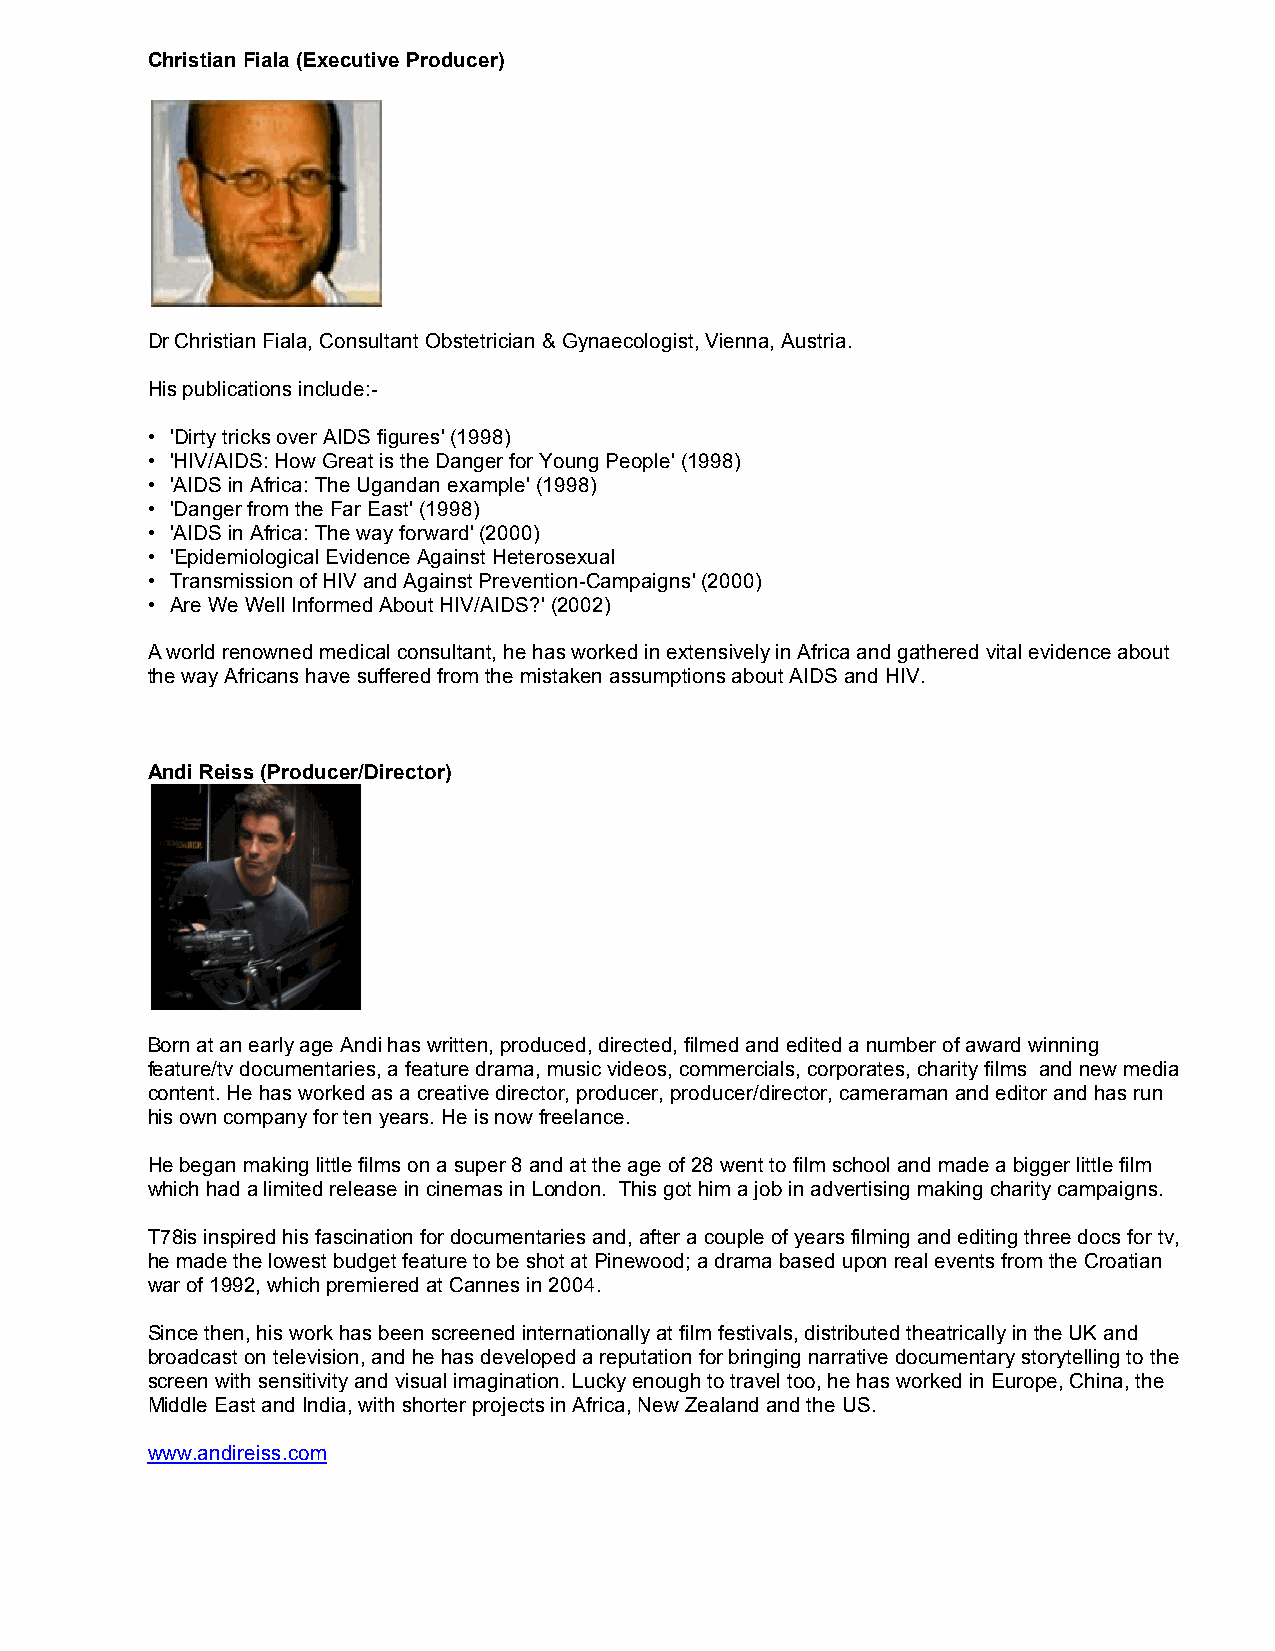
Christian Fiala (Executive Producer)
 Dr Christian Fiala, Consultant Obstetrician & Gynaecologist, Vienna, Austria.
 His publications include:-
 • 'Dirty tricks over AIDS figures' (1998)
 • 'HIV/AIDS: How Great is the Danger for Young People' (1998)
 • 'AIDS in Africa: The Ugandan example' (1998)
 • 'Danger from the Far East' (1998)
 • 'AIDS in Africa: The way forward' (2000)
 • 'Epidemiological Evidence Against Heterosexual
 • Transmission of HIV and Against Prevention-Campaigns' (2000)
 • Are We Well Informed About HIV/AIDS?' (2002)
 A world renowned medical consultant, he has worked in extensively in Africa and gathered vital evidence about
 the way Africans have suffered from the mistaken assumptions about AIDS and HIV.
 Andi Reiss (Producer/Director)
 Born at an early age Andi has written, produced, directed, filmed and edited a number of award winning
 feature/tv documentaries, a feature drama, music videos, commercials, corporates, charity films and new media
 content. He has worked as a creative director, producer, producer/director, cameraman and editor and has run
 his own company for ten years. He is now freelance.
 He began making little films on a super 8 and at the age of 28 went to film school and made a bigger little film
 which had a limited release in cinemas in London. This got him a job in advertising making charity campaigns.
 T78is inspired his fascination for documentaries and, after a couple of years filming and editing three docs for tv,
 he made the lowest budget feature to be shot at Pinewood; a drama based upon real events from the Croatian
 war of 1992, which premiered at Cannes in 2004.
 Since then, his work has been screened internationally at film festivals, distributed theatrically in the UK and
 broadcast on television, and he has developed a reputation for bringing narrative documentary storytelling to the
 screen with sensitivity and visual imagination. Lucky enough to travel too, he has worked in Europe, China, the
 Middle East and India, with shorter projects in Africa, New Zealand and the US.
 www.andireiss.com